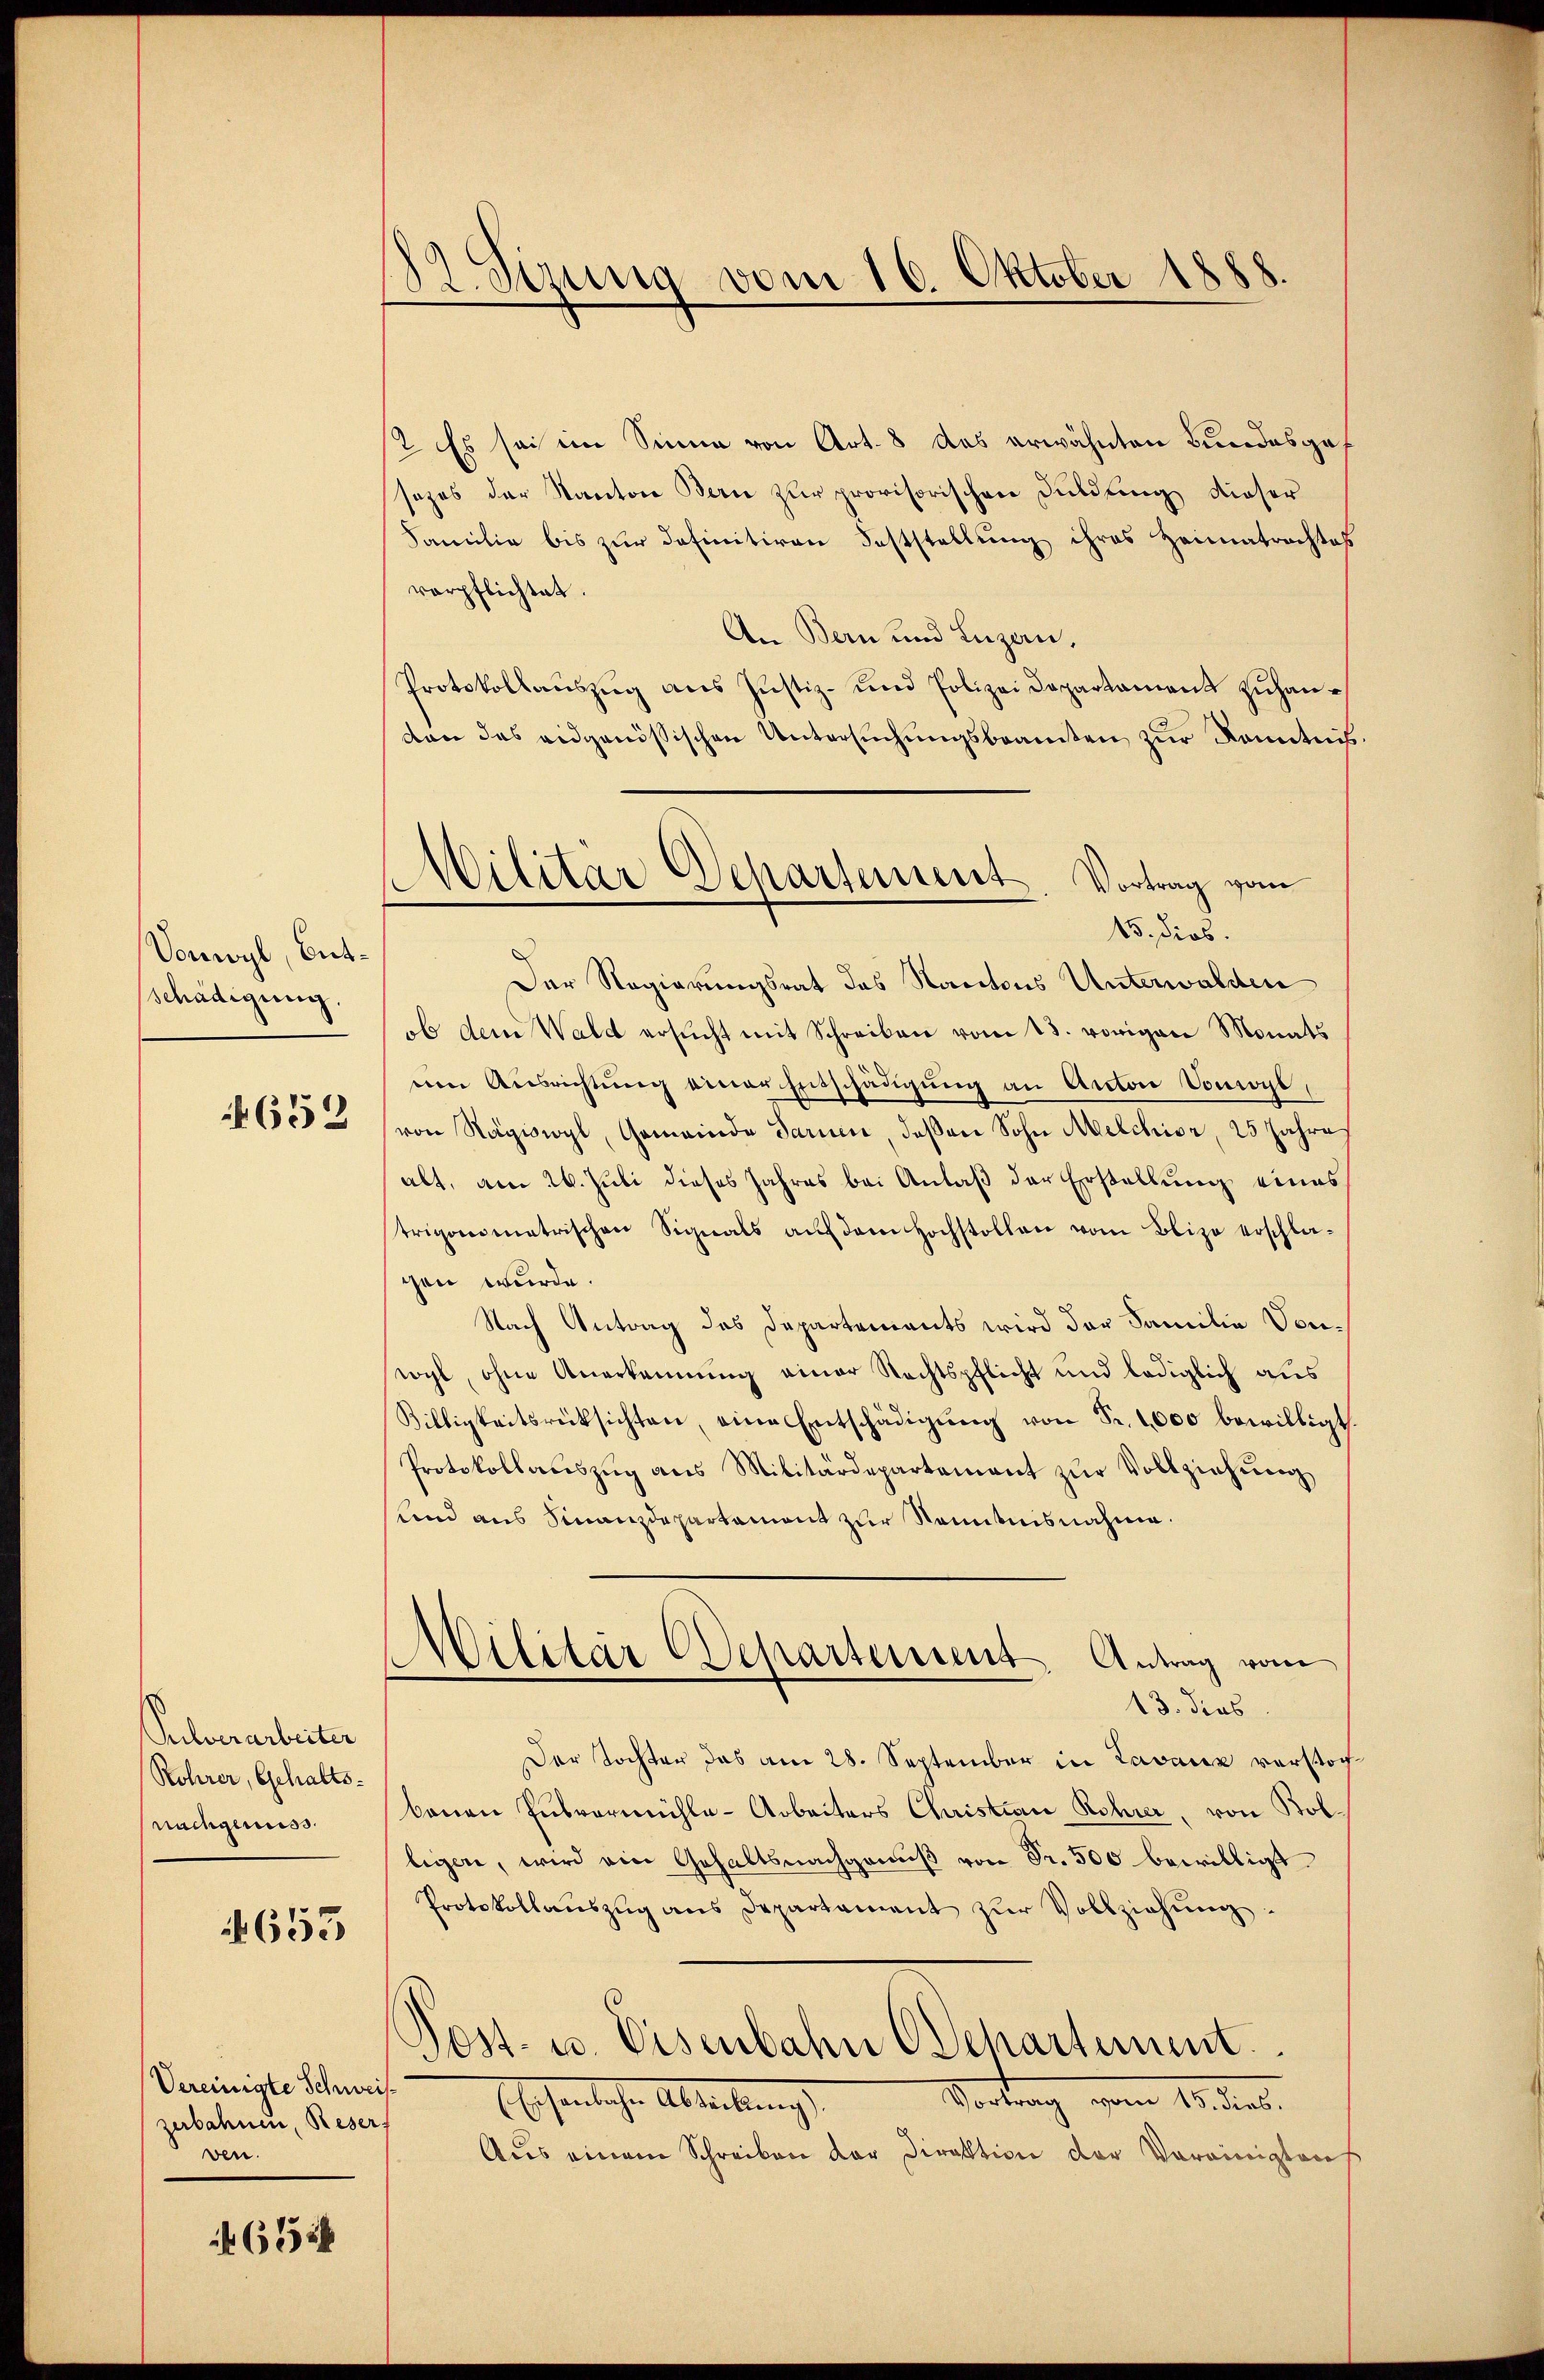
Vonwyl, Entschädigung,

4652

Rehverarbeiter
Rohrer, Gehaltsnachgenuss.

653

Vereinigte Schweil
zerbahnen, Reser
ven.

651

s
iung vom 16. Oktober 1888.

? Es sei im Sinne von Art. 8 das erwähnten Bundesgef
sazes der Kanton Bern zur provisorischen Duldung dieser
Familie bis zur Definitiven Feststellung ihres Heimatrachtes
verpflichtet.
An Bern und Luzern,
Protokollaŭszŭg ans Justiz- und Polizei Departament zŭhanvon das eidgenössischen Untersŭchŭngsbeamten zur Kenntnis.
Der Regierungsrat des Kantons Unterwalden
ob dem Wald ersŭcht mit Schreiben vom 13. vorigen Monats
nen Ausrichtung einer Entschädigung an Anton Vorort
von Nägwogl, Gemeinde darum, deßen Sohn Melchior, 25 Jahres
alt, am 26. Juli dieses Jahres bei Anlaß der Erstellung eines
trigonometrischen Signals aŭf dem Hochstollen vom Blizo erschla-
gen wurde.
Nach Antrag das Departements wird der Familie Vorwyl, ohne Anerkennung einer Rechtspflicht und lediglich aus
Billigkeitsrücksichten, eine Entschädigŭng von Fr. 1000 bewilligt.
Protokollauszug aus Militärdepartement zur Vollziehung
und aus Finanzdepartamont zur Kenntnisnahme.
Militar chartement Antrag vom
13. dies
Der Tochter das am 28. September in Lavaux verstochbauen Pulvermühle-Arbeiters Christian Rohrer, von Bol.
legen, wird ein Gehaltsnachgenuß von Fr. 500 bewilligt.
Protokollaŭszŭg ans Departament zŭr Vollziehung.
¬
Post- u. Eisenbahn (Departement
Vortrag vom 15. das.
Escheinlichen Ableitung
Aus einem Schreiben der Direktion der Vereinigteres

)
ilitar Departement
Vortrag vom
15. dies.